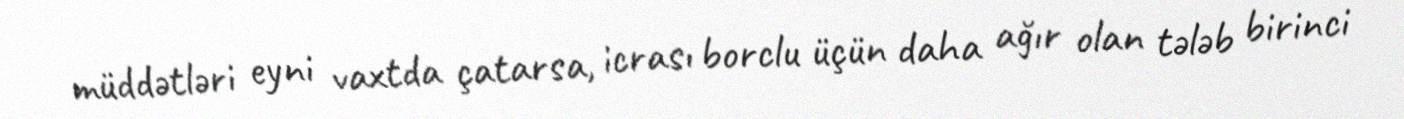
müddətləri eyni vaxtda çatarsa, icrası borclu üçün daha ağır olan tələb birinci